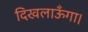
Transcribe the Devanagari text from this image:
दिखलाऊँगा।